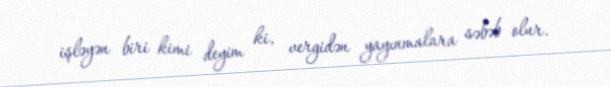
işləyən biri kimi deyim ki, vergidən yayınmalara səbəb olur.